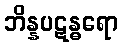
ဘိန္နပဋန္ဓရော